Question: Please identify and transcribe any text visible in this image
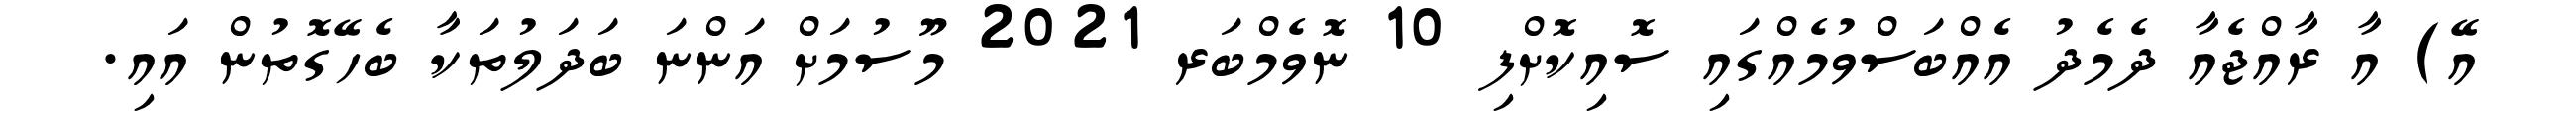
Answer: އޭ) އާ ރާއްޖެއާ ދެމެދު އެއްބަސްވުމެއްގައި ސޮއިކޮށްފި 10 ނޮވެމްބަރ 2021 މޫސުމަށް އަންނަ ބަދަލުތަކާ ބެހޭގޮތުން އައި.